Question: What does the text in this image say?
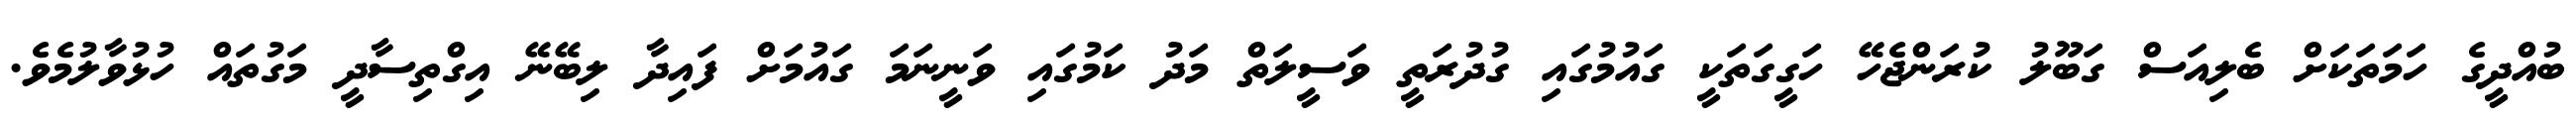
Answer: ބުއްދީގެ ހަމަތަކަށް ބެލިއަސް ގަބޫލު ކުރަންޖެހޭ ހަގީގަތަކީ ގައުމުގައި ގުދުރަތީ ވަސީލަތް މަދު ކަމުގައި ވަނީނަމަ ގައުމަށް ފައިދާ ލިބޭނޭ އިގްތިސާދީ މަގުތައް ހުޅުވާލުމެވެ.